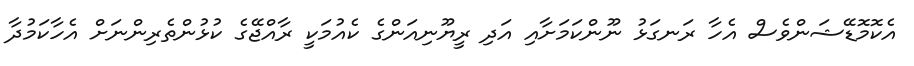
އެކޮމޮޑޭޝަންވެސް އެހާ ރަނގަޅު ނޫންކަމަށާއި އަދި ރީޔޫނިއަންގެ ކެއުމަކީ ރާއްޖޭގެ ކުޅުންތެރިންނަށް އެހާކަމުދާ